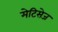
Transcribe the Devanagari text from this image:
मेटिसेज